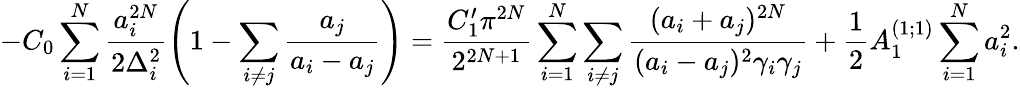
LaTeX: -C_{0}\sum_{i=1}^{N}\frac{a_{i}^{2N}}{2\Delta_{i}^{2}}\left(1-\sum_{i\neq j}\frac{a_{j}}{a_{i}-a_{j}}\right)=\frac{C_{1}^{\prime}\pi^{2N}}{2^{2N+1}}\sum_{i=1}^{N}\sum_{i\neq j}\frac{(a_{i}+a_{j})^{2N}}{(a_{i}-a_{j})^{2}\gamma_{i}\gamma_{j}}+\frac{1}{2}A_{1}^{(1;1)}\sum_{i=1}^{N}a_{i}^{2}.